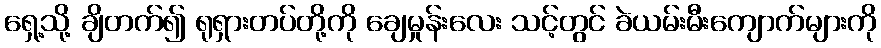
ရှေ့သို့ ချိတက်၍ ရုရှားတပ်တို့ကို ချေမှုန်းလေး သင့်တွင် ခဲယမ်းမီးကျောက်များကို